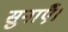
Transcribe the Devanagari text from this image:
सुनाएँ।